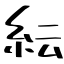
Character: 紜